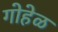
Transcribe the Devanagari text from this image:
गोहेळ